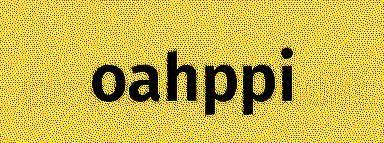
oahppi